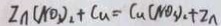
Z n ( N O _ { 3 } ) _ { 2 } + C u = C u ( N O _ { 3 } ) _ { 2 } + Z n